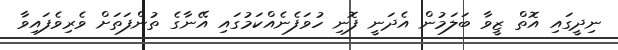
ނިދީގައި އޮތް ޒީވާ ބަލަމުން އެދަނީ ފޮނި ހުވަފެނެއްކަމުގައި އޭނާގެ ތުންފަތަށް ވެރިވެފައިވާ